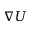
\nabla U